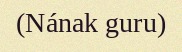
(Nának guru)